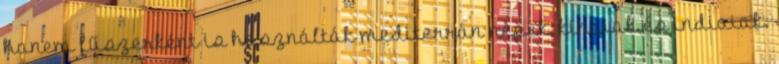
hanem fűszerként is használták mediterrán népek, kínaiak és indiaiak.